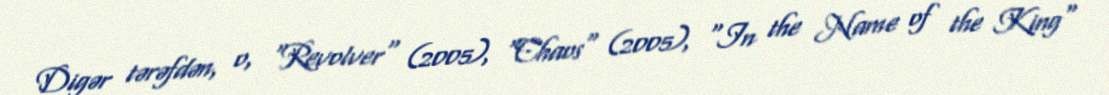
Digər tərəfdən, o, "Revolver" (2005), "Chaos" (2005), "In the Name of the King"